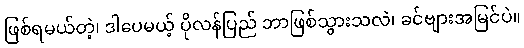
ဖြစ်ရမယ်တဲ့၊ ဒါပေမယ့် ပိုလန်ပြည် ဘာဖြစ်သွားသလဲ၊ ခင်ဗျားအမြင်ပဲ။